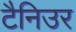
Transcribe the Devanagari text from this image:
टैनिउर